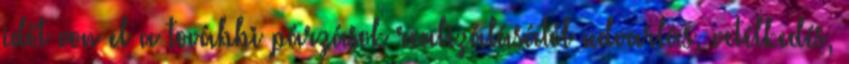
időt von el a további párzások realizálásától udvarlás, vetélkedés,